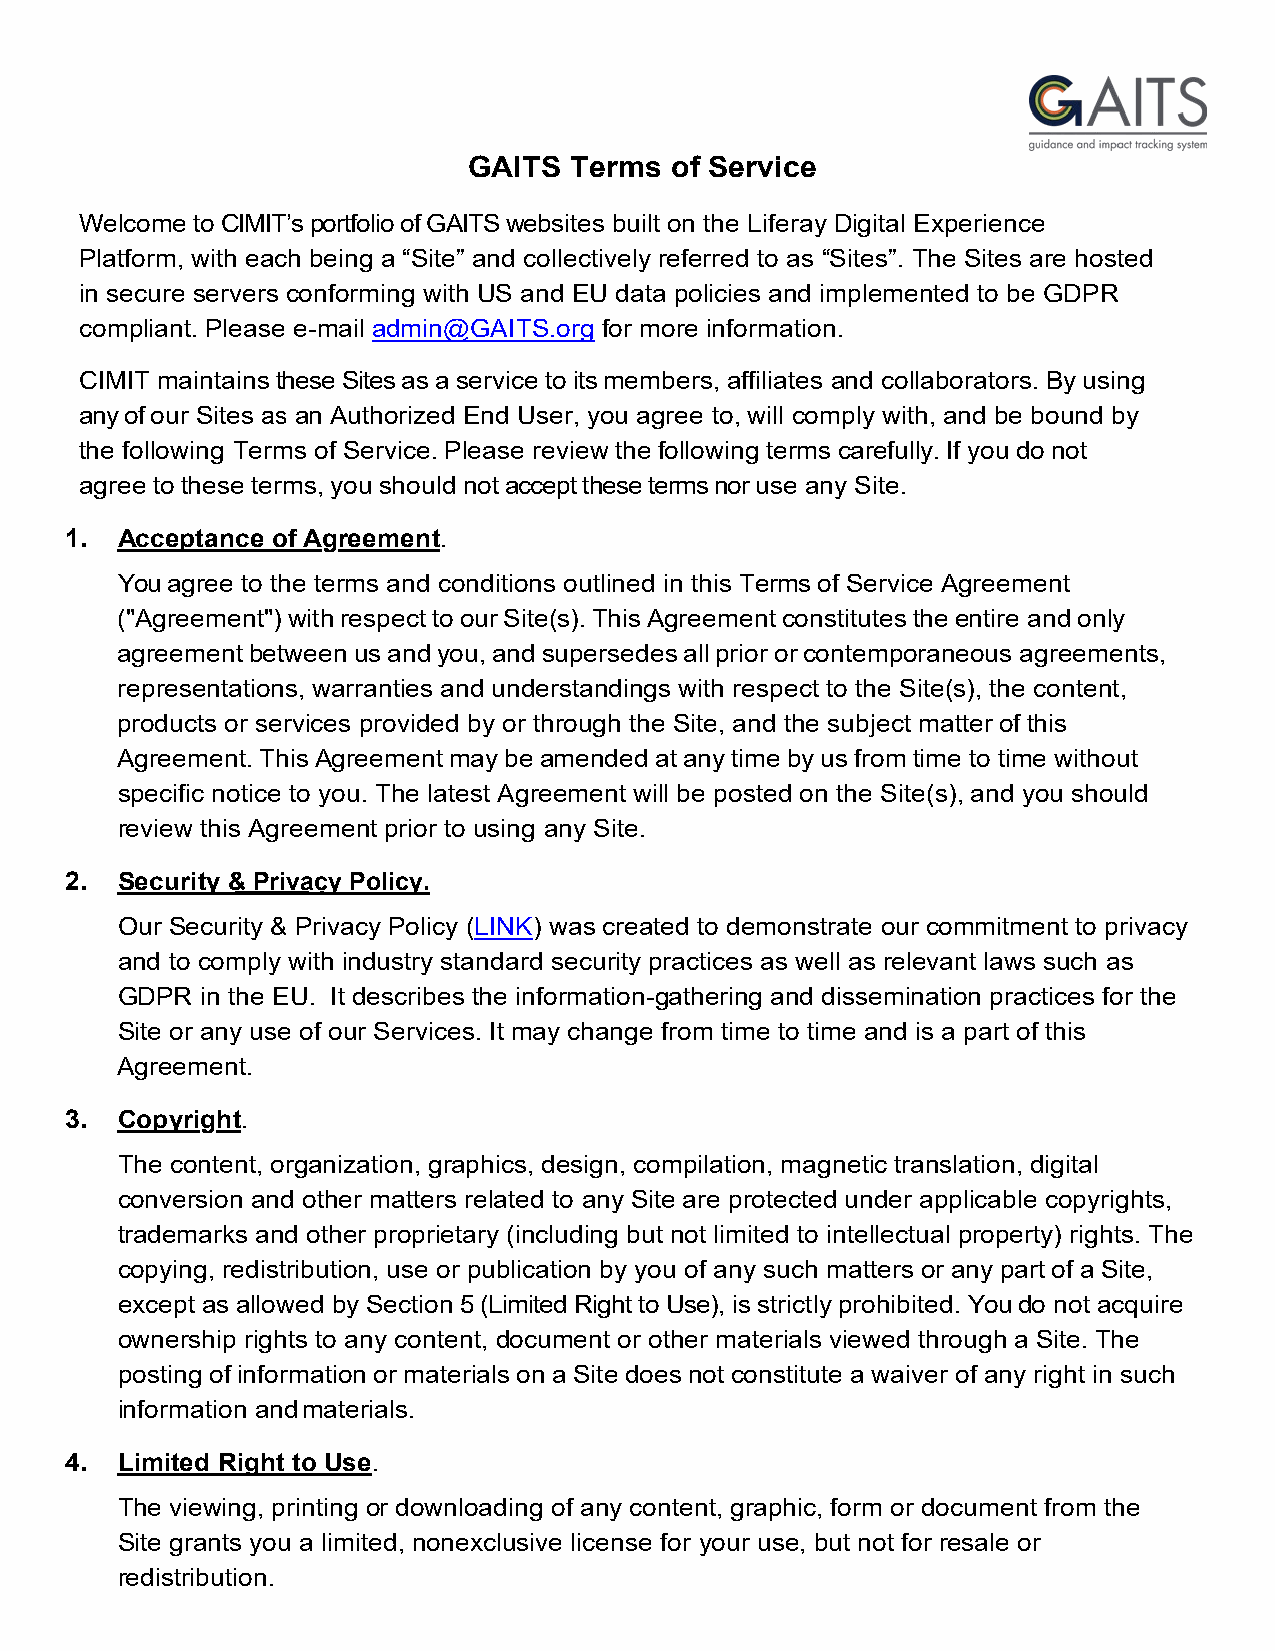
GAITS  Terms of Service
 Welcome to CIMIT’s portfolio of GAITS websites built on the Liferay Digital Experience
 Platform, with each being a “Site” and collectively referred to as “Sites”. The Sites are hosted
 in secure servers conforming with US and EU data policies and implemented to be GDPR
 compliant. Please e-mail admin@GAITS.org for more information.
 CIMIT maintains these Sites as a service to its members, affiliates and collaborators. By using
 any of our Sites as an Authorized End User, you agree to, will comply with, and be bound by
 the following Terms of Service. Please review the following terms carefully. If you do not
 agree to these terms, you should not accept these terms nor use any Site.
 1.  Acceptance of Agreement.
 You agree to the terms and conditions outlined in this Terms of Service Agreement
 ("Agreement") with respect to our Site(s). This Agreement constitutes the entire and only
 agreement between us and you, and supersedes all prior or contemporaneous agreements,
 representations, warranties and understandings with respect to the Site(s), the content,
 products or services provided by or through the Site, and the subject matter of this
 Agreement. This Agreement may be amended at any time by us from time to time without
 specific notice to you. The latest Agreement will be posted on the Site(s), and you should
 review this Agreement prior to using any Site.
 2.  Security & Privacy Policy.
 Our Security & Privacy Policy (LINK) was created to demonstrate our commitment to privacy
 and to comply with industry standard security practices as well as relevant laws such as
 GDPR in the EU. It describes the information-gathering and dissemination practices for the
 Site or any use of our Services. It may change from time to time and is a part of this
 Agreement.
 3.  Copyright.
 The content, organization, graphics, design, compilation, magnetic translation, digital
 conversion and other matters related to any Site are protected under applicable copyrights,
 trademarks and other proprietary (including but not limited to intellectual property) rights. The
 copying, redistribution, use or publication by you of any such matters or any part of a Site,
 except as allowed by Section 5 (Limited Right to Use), is strictly prohibited. You do not acquire
 ownership rights to any content, document or other materials viewed through a Site. The
 posting of information or materials on a Site does not constitute a waiver of any right in such
 information and materials.
 4.  Limited Right to Use.
 The viewing, printing or downloading of any content, graphic, form or document from the
 Site grants you a limited, nonexclusive license for your use, but not for resale or
 redistribution.